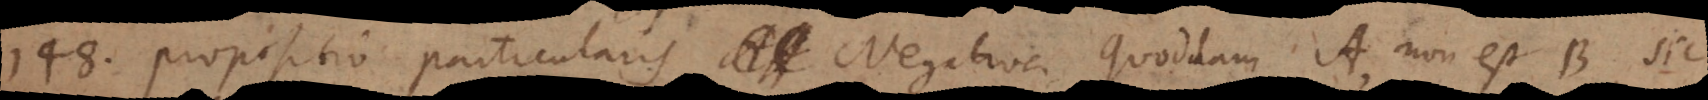
148) Propositio particularis Negativa Quoddam A, non est B, sic